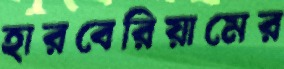
হারবেরিয়ামের